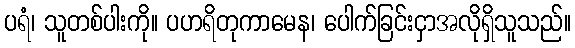
ပရံ၊ သူတစ်ပါးကို။ ပဟရိတုကာမေန၊ ပေါက်ခြင်းငှာအလိုရှိသူသည်။